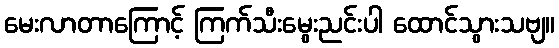
မေးလာတာကြောင့် ကြက်သီးမွေးညင်းပါ ထောင်သွားသဗျ။